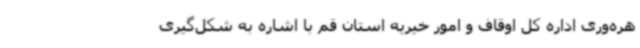
هره‌وری اداره کل اوقاف و امور خیریه استان قم با اشاره به شکل‌گیری